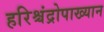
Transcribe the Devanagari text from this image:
हरिश्चंद्रोपाख्यान